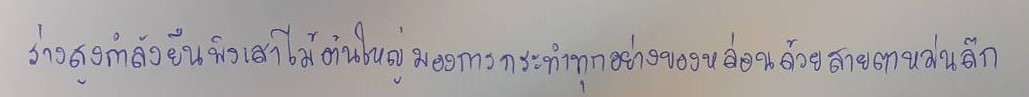
ร่างสูงกำลังยืนพิงเสาไม้ต้นใหญ่มองการกระทำทุกอย่างของหล่อนด้วยสายตาหม่นลึก